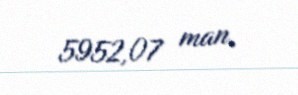
5952,07 man.